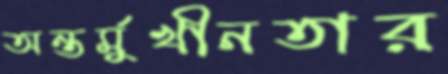
অন্তর্মুখীনতার